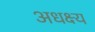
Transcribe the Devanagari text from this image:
अधक्ष्य